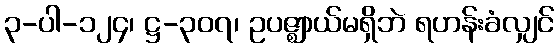
၃-ပါ-၁၂၄၊ ဋ္ဌ-၃၀၇၊ ဥပဇ္ဈာယ်မရှိဘဲ ရဟန်းခံလျှင်